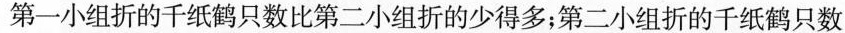
第一小组折的千纸鹤只数比第二小组折的少得多；第二小组折的千纸鹤只数